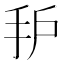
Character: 𰓈